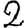
Digit: 2